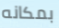
بمكانه